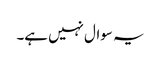
یہ سوال نہیں ہے۔